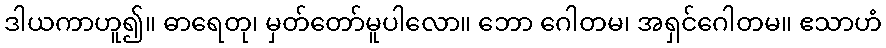
ဒါယကာဟူ၍။ ဓာရေတု၊ မှတ်တော်မူပါလော။ ဘော ဂေါတမ၊ အရှင်ဂေါတမ။ ဧသာဟံ